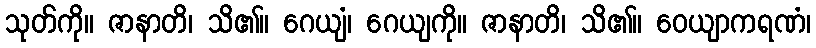
သုတ်ကို။ ဇာနာတိ၊ သိ၏။ ဂေယျံ၊ ဂေယျကို။ ဇာနာတိ၊ သိ၏။ ဝေယျာကရဏံ၊